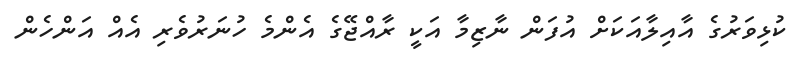
ކުޅިވަރުގެ އާއިލާއަކަށް އުފަން ނާޒިމާ އަކީ ރާއްޖޭގެ އެންމެ ހުނަރުވެރި އެއް އަންހެން